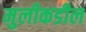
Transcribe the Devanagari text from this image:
मुलीकडील